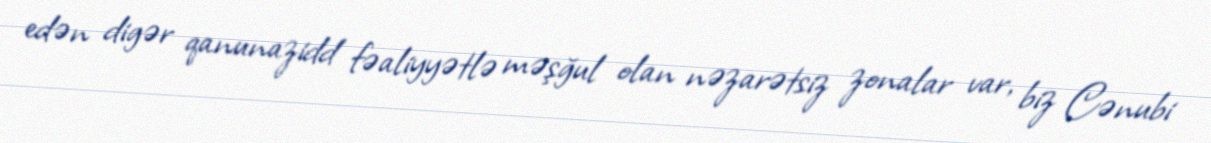
edən digər qanunazidd fəaliyyətlə məşğul olan nəzarətsiz zonalar var, biz Cənubi